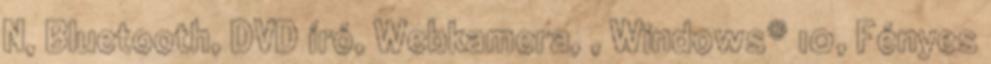
N, Bluetooth, DVD író, Webkamera, , Windows® 10, Fényes